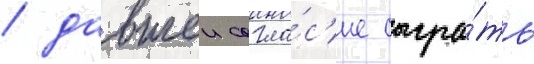
/ давшеи согла́с'ие сыгра́ть